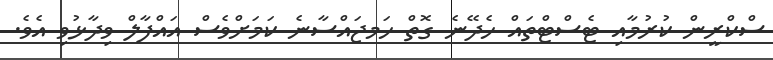
ސްކްރީން ކުރުމާއި ޓެސްޓްތައް ހެދޭނެ ގޮތް ހަަމޖައްސާނެ ކަަމަށްވެސް އައްފާލް ވިދާޅުވި އެވެ.